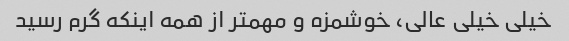
خیلی خیلی عالی، خوشمزه و مهمتر از همه اینکه گرم رسید